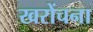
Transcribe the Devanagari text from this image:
खरोंचना